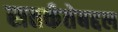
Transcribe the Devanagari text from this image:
सतर्कतेबद्दल